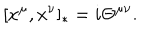
\lbrack x ^ { \mu } , x ^ { \nu } ] _ { * } = i \Theta ^ { \mu \nu } .